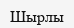
Шырлы